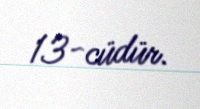
13-cüdür.